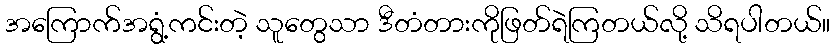
အကြောက်အရွံ့ကင်းတဲ့ သူတွေသာ ဒီတံတားကိုဖြတ်ရဲကြတယ်လို့ သိရပါတယ်။